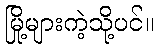
မြို့များကဲ့သို့ပင်။